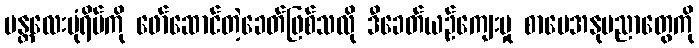
မန္တလေးပုံရိပ်ကို ဖော်ဆောင်တဲ့ခေတ်ဖြစ်သလို ဒီခေတ်ယဉ်ကျေးမှု စာပေအနုပညာတွေကို